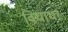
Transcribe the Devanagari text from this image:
विधाधर